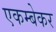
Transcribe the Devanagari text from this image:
एकम्बेकर